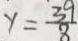
y = \frac { 3 9 } { 8 }